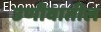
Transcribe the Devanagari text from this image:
उणीवातील